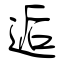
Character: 逅